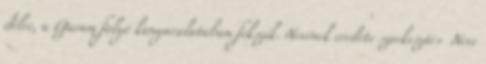
délre, a Garam folyó kanyarulatában fekszik. Nevének eredete szerkesztés Neve